Rangoon Lunatic Asylum 1893-1897 - 1893-1897
Year: 1893
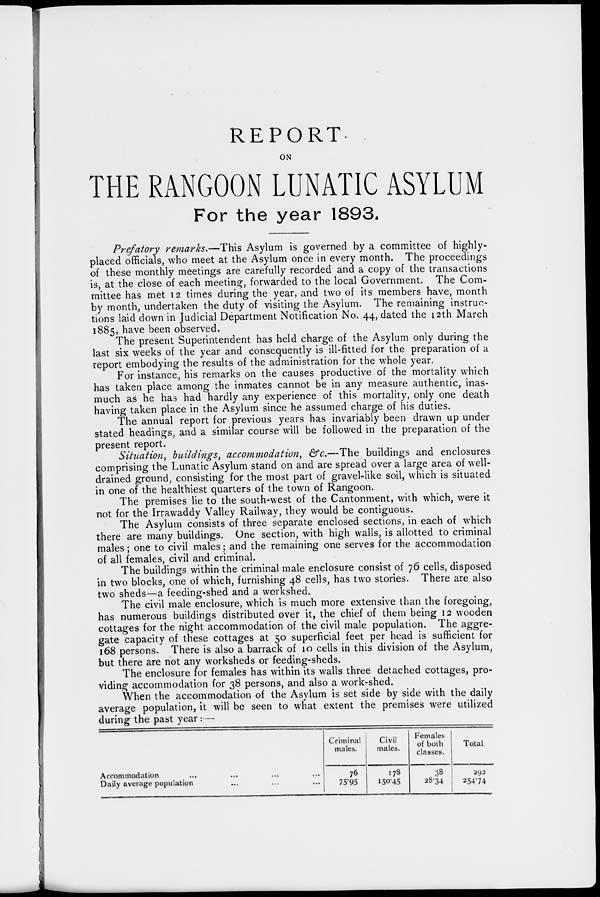
REPORT
ON
THE RANGOON LUNATIC ASYLUM
For the year 1893.
Prefatory remarks.—This Asylum is governed by a committee of highly-
placed officials, who meet at the Asylum once in every month. The proceedings
of these monthly meetings are carefully recorded and a copy of the transactions
is, at the close of each meeting, forwarded to the local Government. The Com-
mittee has met 12 times during the year, and two of its members have, month
by month, undertaken the duty of visiting the Asylum. The remaining instruc-
tions laid down in Judicial Department Notification No. 44, dated the 12th March
1885, have been observed.
The present Superintendent has held charge of the Asylum only during the
last six weeks of the year and consequently is ill-fitted for the preparation of a
report embodying the results of the administration for the whole year.
For instance, his remarks on the causes productive of the mortality which
has taken place among the inmates cannot be in any measure authentic, inas-
much as he has had hardly any experience of this mortality, only one death
having taken place in the Asylum since he assumed charge of his duties.
The annual report for previous years has invariably been drawn up under
stated headings, and a similar course will be followed in the preparation of the
present report.
Situation, buildings, accommodation, &c.—The buildings and enclosures
comprising the Lunatic Asylum stand on and are spread over a large area of well-
drained ground, consisting for the most part of gravel-like soil, which is situated
in one of the healthiest quarters of the town of Rangoon.
The premises lie to the south-west of the Cantonment, with which, were it
not for the Irrawaddy Valley Railway, they would be contiguous.
The Asylum consists of three separate enclosed sections, in each of which
there are many buildings. One section, with high walls, is allotted to criminal
males; one to civil males; and the remaining one serves for the accommodation
of all females, civil and criminal.
The buildings within the criminal male enclosure consist of 76 cells, disposed
in two blocks, one of which, furnishing 48 cells, has two stories. There are also
two sheds—a feeding-shed and a workshed.
The civil male enclosure, which is much more extensive than the foregoing,
has numerous buildings distributed over it, the chief of them being 12 wooden
cottages for the night accommodation of the civil male population. The aggre-
gate capacity of these cottages at 50 superficial feet per head is sufficient for
168 persons. There is also a barrack of 10 cells in this division of the Asylum,
but there are not any worksheds or feeding-sheds.
The enclosure for females has within its walls three detached cottages, pro-
viding accommodation for 38 persons, and also a work-shed.
When the accommodation of the Asylum is set side by side with the daily
average population, it will be seen to what extent the premises were utilized
during the past year :—
Accommodation ... ... ... ...
Daily average population ... ... ...
Criminal
males.
76
75.95
Civil
males.
178
150.45
Females
of both
classes.
38
28.34
Total
292
254.74